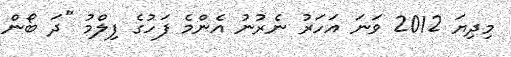
މިދިޔަ 2012 ވަނަ އަހަރު ނެރުނު އެންމެ ފަހުގެ ފިލްމު "ދަ ބޯން